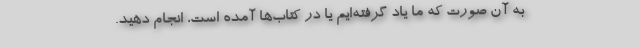
به آن صورت که ما یاد گرفته‌ایم یا در کتاب‌ها آمده است، انجام دهید.